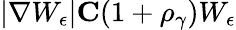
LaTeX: |\nabla W_{\epsilon}|\le C(1+\rho_{\gamma})W_{\epsilon}